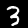
Digit: 3